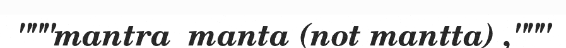
"""mantra  manta (not mantta) ,"""